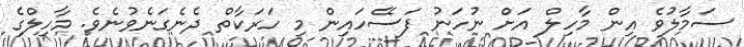
ސަމާލުވެ އިން މާހިލް އަށް ނުހަނު ފަސޭހައިން މި ހަރަކާތް ދެނެގަނެވުނެވެ. މާހިލްގެ